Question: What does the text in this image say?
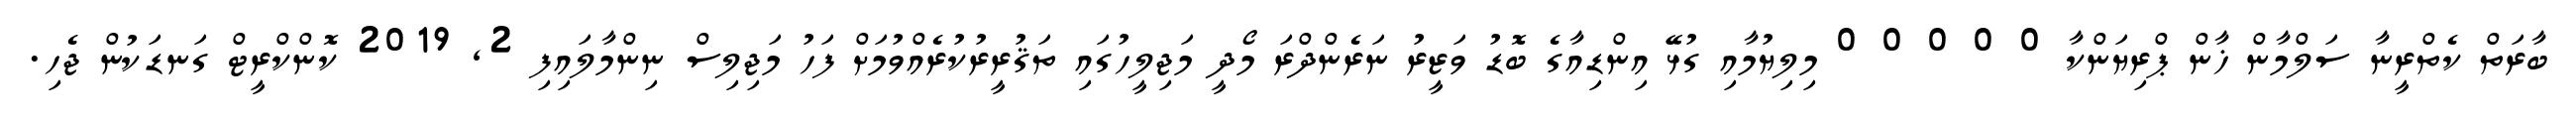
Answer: ބާރަތް ކެތްރީނާ ސަލްމާން ޚާން ޕްރިޔަންކާ 0 0 0 0 0 މިލިޔުމާއި ގުޅޭ އިންޑިއާގެ ބޮޑު ވަޒީރު ނަރެންދްރަ މޯދީ މަޖިލީހުގައި ތަޤުރީރުކުރެއްވުމަށް ފަހު މަޖިލިސް ނިންމާލައިފި 2, 2019 ކޮންކްރީޓް ގަނޑަކުން ޖެހި.